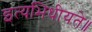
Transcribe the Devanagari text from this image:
इत्यभिधीयते॥